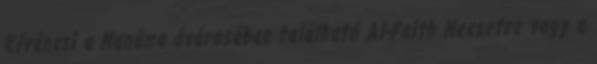
Kíváncsi a Manáma óvárosában található Al-Faith Mecsetre vagy a